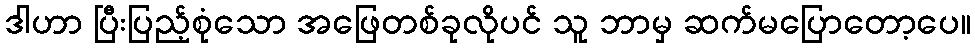
ဒါဟာ ပြီးပြည့်စုံသော အဖြေတစ်ခုလိုပင် သူ ဘာမှ ဆက်မပြောတော့ပေ။